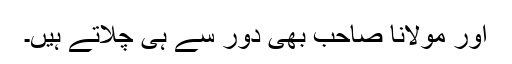
اور مولانا صاحب بھی دور سے ہی چلاتے ہیں۔